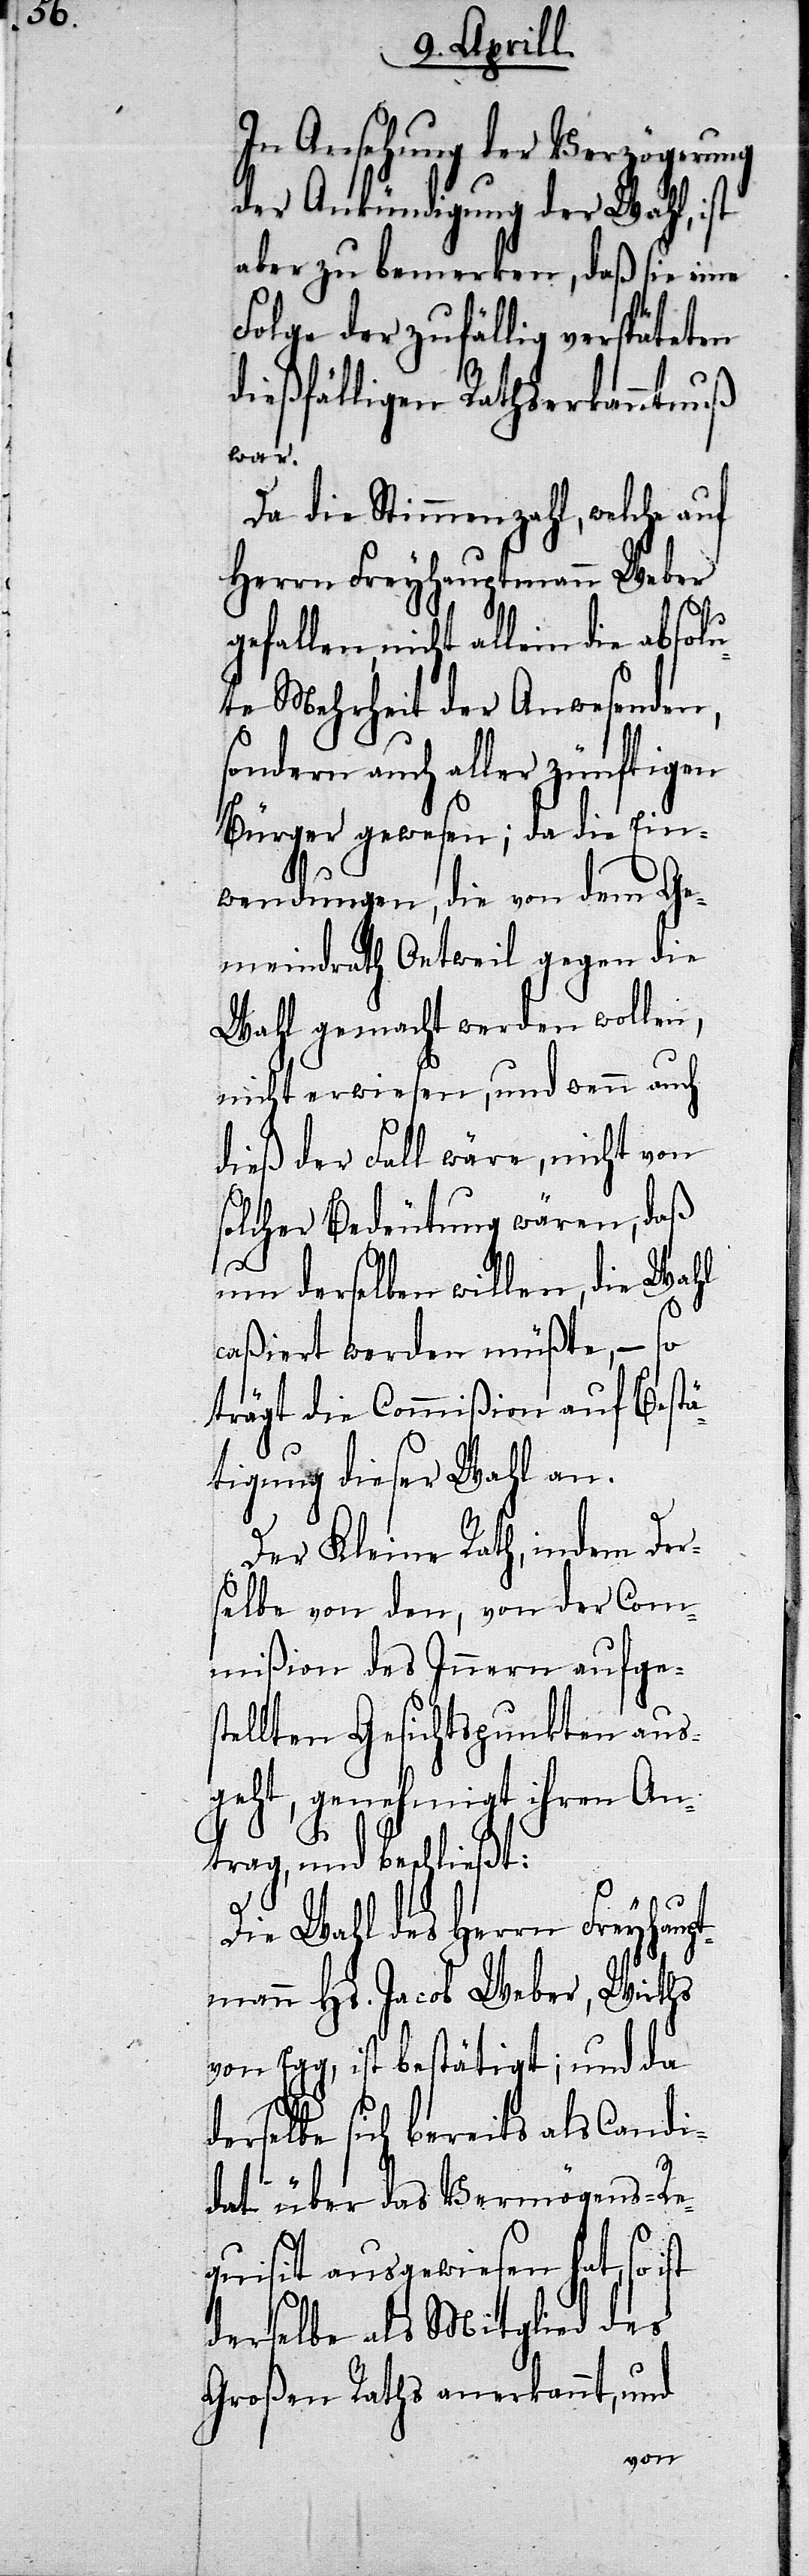
In Ansehung der Verzögerung
der Ankündigung der Wahl, ist
aber zu bemerken, daß sie eine
Folge der zufällig verspäteten
dießfälligen Rathserkanntnuß
war.
Da die Stimmenzahl, welche auf
Herrn Freyhauptmann Weber
gefallen, nicht allein die absol¬
ute Mehrheit der Anwesenden,
sondern auch aller zünftigen
Bürger gewesen; da die Ein¬
wendungen, die von dem Ge¬
meindrath Oetweil gegen die
Wahl gemacht werden wollen,
nicht erwiesen, und wenn auch
dieß der Fall wäre, nicht von
solcher Bedeutung wären, daß
um derselben Willen, die Wahl
caßiert werden müßte,– so
trägt die Commißion auf Bestä¬
tigung dieser Wahl an.
Der Kleine Rath, indem Der¬
selbe von den, von der Com¬
mißion des Innern aufges¬
tellten Gesichtspunkten aus¬
geht, genehmigt ihren An¬
trag, und beschließt:
Die Wahl des Herrn Freyhaupt¬
mann Hs. Jacob Weber, Wirths
von Egg, ist bestätigt; und da
derselbe sich bereits als Candi¬
tat über das Vermögens-Re¬
quisit ausgewiesen hat, so ist
derselbe als Mitglied des
Großen Raths anerkannt, und